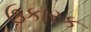
ઉકારક